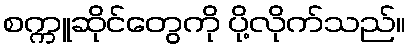
စက္ကူဆိုင်တွေကို ပို့လိုက်သည်။